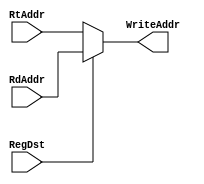
module mux_WriteAddr(RegDst, RtAddr, RdAddr, WriteAddr);
	input RegDst;
	input [4:0] RtAddr, RdAddr;
	output reg [4:0] WriteAddr;
	
	always if (RegDst == 0) WriteAddr = RtAddr;
		else WriteAddr = RdAddr;
		
endmodule